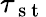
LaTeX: \tau_{\mathrm{~s~t~}}